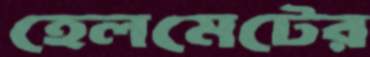
হেলমেটের